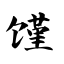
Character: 馑